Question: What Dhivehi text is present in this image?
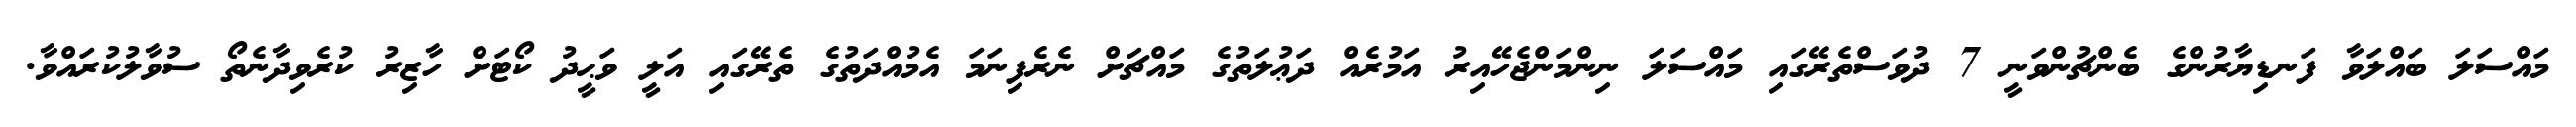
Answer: މައްސަލަ ބައްލަވާ ފަނޑިޔާރުންގެ ބެންޗުންވަނީ 7 ދުވަސްތެރޭގައި މައްސަލަ ނިންމަންޖެހޭއިރު އަމުރެއް ދަޢުލަތުގެ މައްޗަށް ނެރެފިނަމަ އެމުއްދަތުގެ ތެރޭގައި އަލީ ވަޙީދު ކޯޓަށް ހާޒިރު ކުރެވިދާނެތޯ ސުވާލުކުރައްވާ.